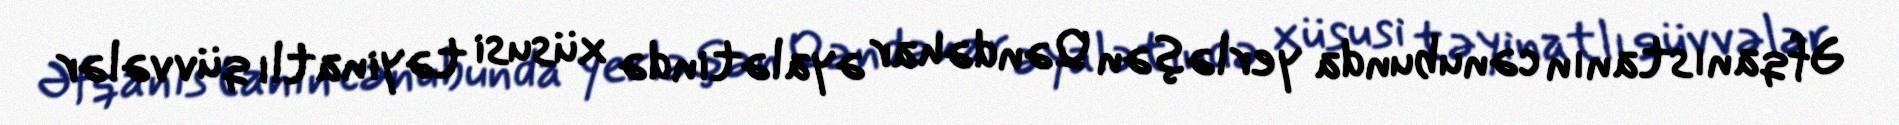
Əfqanıstanın cənubunda yerləşən Qəndəhar əyalətində xüsusi təyinatlı qüvvələr